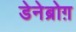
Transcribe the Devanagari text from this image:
डेनेब्रोग़